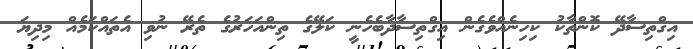
އިގްތިސާދޭ ކޮންތާކު ކިހިނެއްވެގެން އިގްތިސާދާބެހެނީ ކަލޭގެ ތިންއަހަރުގެ ތެރޭ ނުވި އެތައްކަމެއް މިދިޔަ